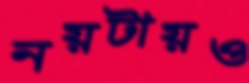
নয়টায়ও